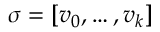
\sigma = [ v _ { 0 } , \dots , v _ { k } ]